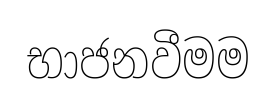
භාජනවීමම